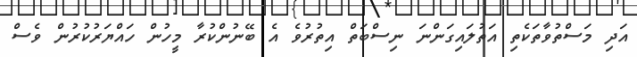
އަދި މަސްތުވާތަކެތި އަތުލައިގަންނަ ނިސްބަތް އިތުރުވެ އެ ބޭނުންކުރާ މީހުން ހައްޔަރުކުރުން ވެސް